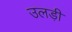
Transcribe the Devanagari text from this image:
उलड़ी